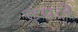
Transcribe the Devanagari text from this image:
टपले